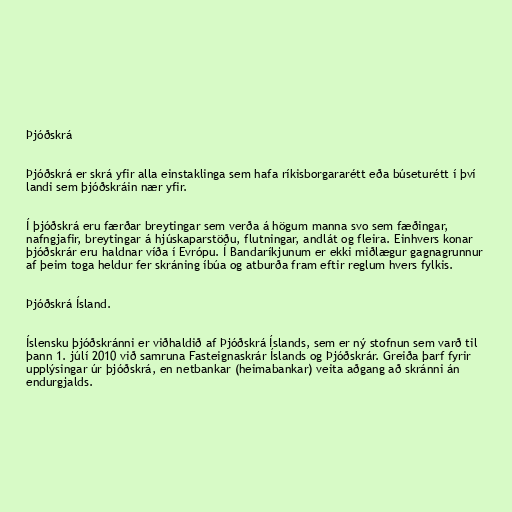
Þjóðskrá

Þjóðskrá er skrá yfir alla einstaklinga sem hafa ríkisborgararétt eða búseturétt í því
landi sem þjóðskráin nær yfir.

Í þjóðskrá eru færðar breytingar sem verða á högum manna svo sem fæðingar,
nafngjafir, breytingar á hjúskaparstöðu, flutningar, andlát og fleira. Einhvers konar
þjóðskrár eru haldnar víða í Evrópu. Í Bandaríkjunum er ekki miðlægur gagnagrunnur
af þeim toga heldur fer skráning íbúa og atburða fram eftir reglum hvers fylkis.

Þjóðskrá Ísland.

Íslensku þjóðskránni er viðhaldið af Þjóðskrá Íslands, sem er ný stofnun sem varð til
þann 1. júlí 2010 við samruna Fasteignaskrár Íslands og Þjóðskrár. Greiða þarf fyrir
upplýsingar úr þjóðskrá, en netbankar (heimabankar) veita aðgang að skránni án
endurgjalds.